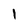
Character: 1